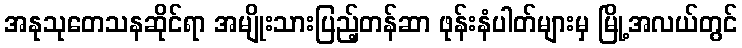
အနုသုတေသနဆိုင်ရာ အမျိုးသားပြည့်တန်ဆာ ဖုန်းနံပါတ်များမှ မြို့အလယ်တွင်